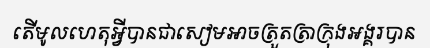
តើមូលហេតុអ្វីបានជាសៀមអាចត្រួតត្រាក្រុងអង្គរបាន